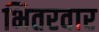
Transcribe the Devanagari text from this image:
भितरवार